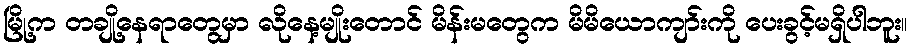
မြို့က တချို့နေရာတွေမှာ လိုနေ့မျိုးတောင် မိန်းမတွေက မိမိယောကျာ်းကို ပေးခွင့်မရှိပါဘူး။